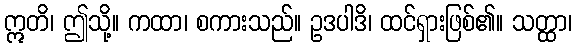
ဣတိ၊ ဤသို့။ ကထာ၊ စကားသည်။ ဥဒပါဒိ၊ ထင်ရှားဖြစ်၏။ သတ္ထာ၊